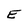
Character: E